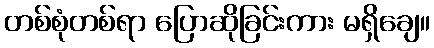
တစ်စုံတစ်ရာ ပြောဆိုခြင်းကား မရှိချေ။